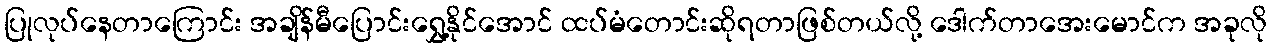
ပြုလုပ်နေတာကြောင်း အချိန်မီပြောင်းရွှေ့နိုင်အောင် ထပ်မံတောင်းဆိုရတာဖြစ်တယ်လို့ ဒေါက်တာအေးမောင်က အခုလို